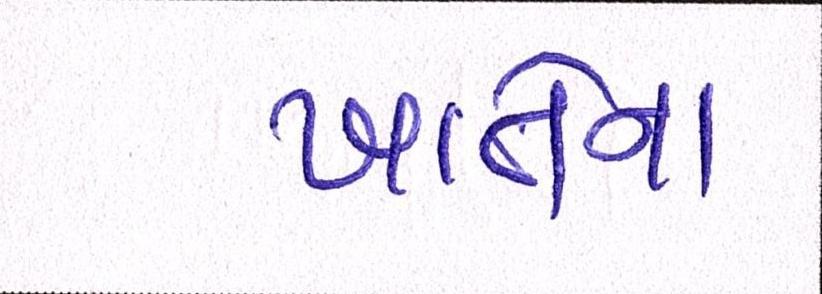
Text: ખાતેના